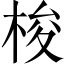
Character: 梭